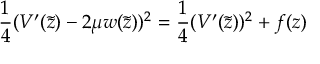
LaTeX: \frac 1 4 ( V ^ { \prime } ( \tilde { z } ) - 2 \mu w ( \tilde { z } ) ) ^ { 2 } = \frac 1 4 ( V ^ { \prime } ( \tilde { z } ) ) ^ { 2 } + f ( z )